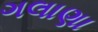
ગલાણા